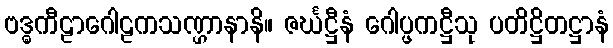
ဗဒ္ဓကီဠာဂေါဠကသဏ္ဌာနာနိ။ ဇင်္ဃဋ္ဌီနံ ဂေါပ္ဖကဋ္ဌီသု ပတိဋ္ဌိတဋ္ဌာနံ